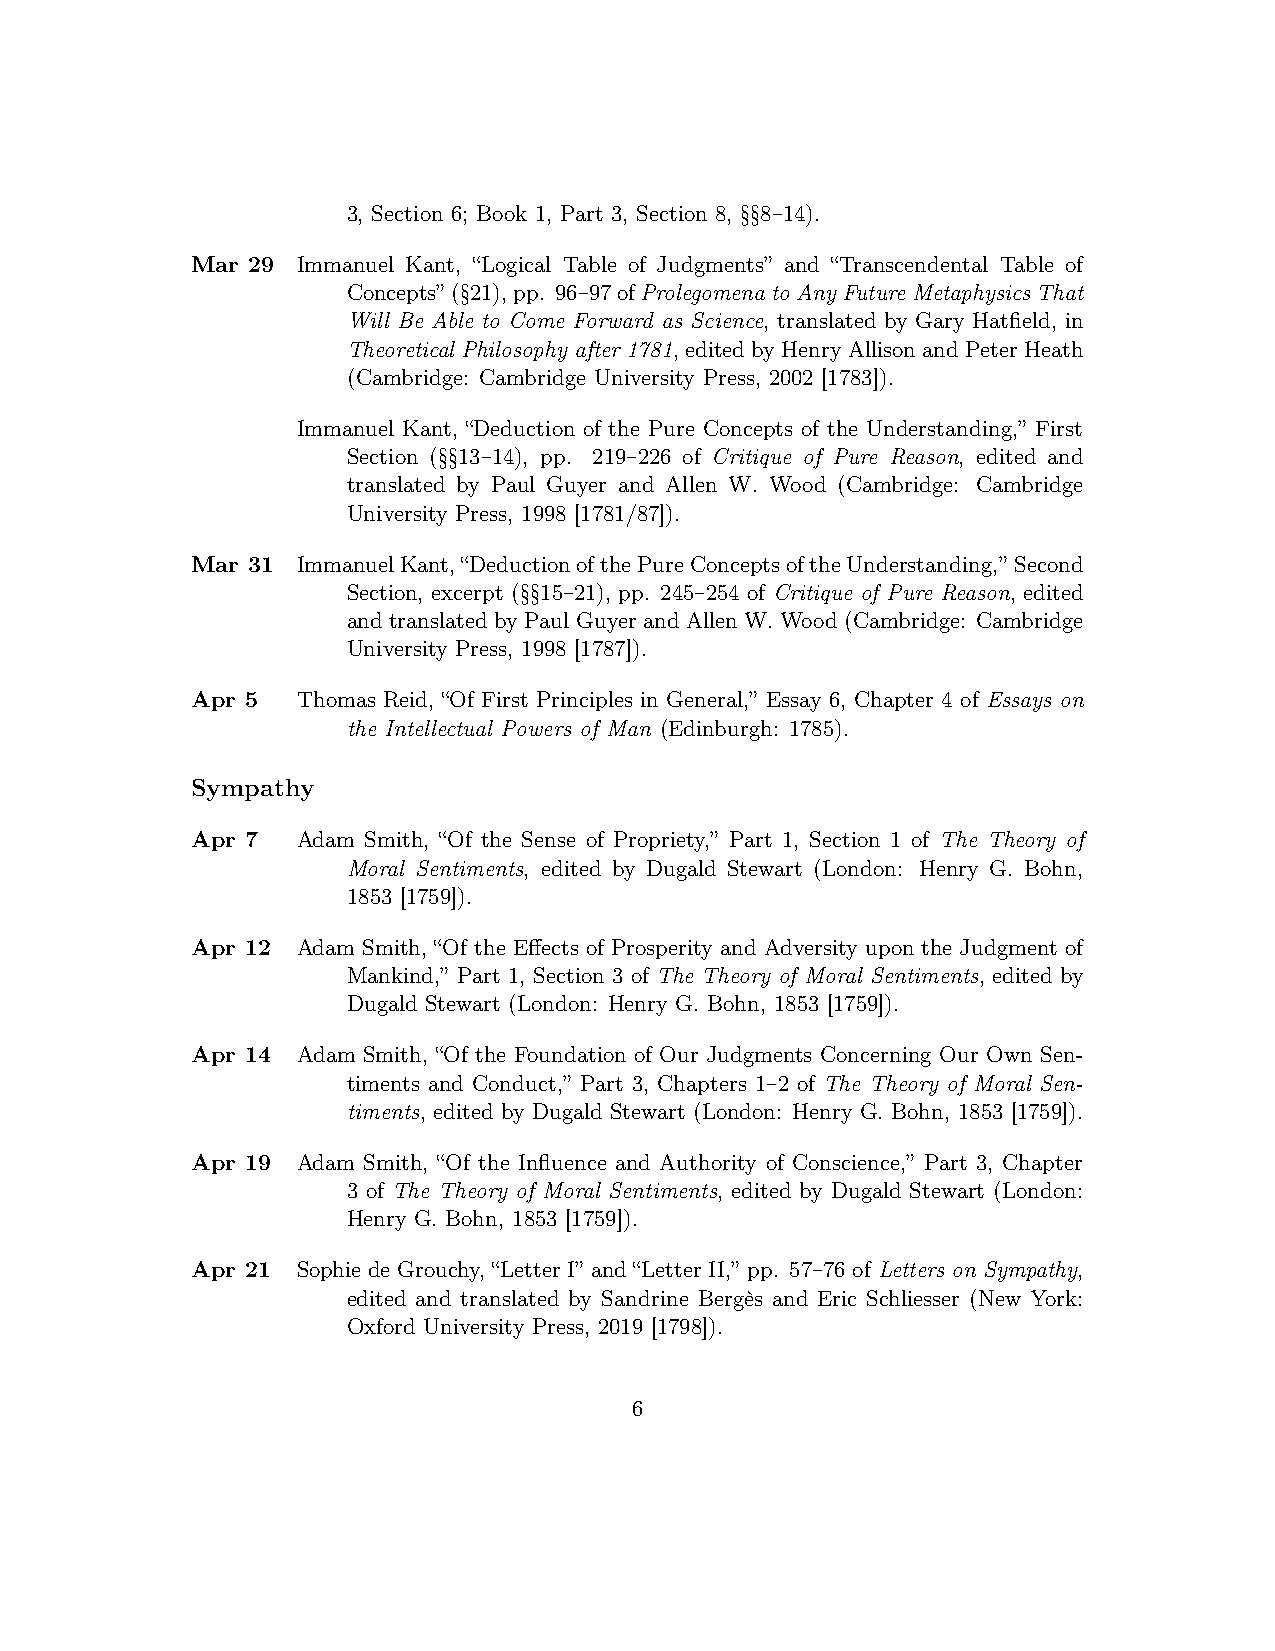
3, Section 6; Book 1, Part 3, Section 8, §§8–14).
 Mar 29 Immanuel Kant, “Logical Table of Judgments” and “Transcendental Table of
 Concepts” (§21),pp. 96–97ofProlegomenatoAnyFutureMetaphysicsThat
 Will Be Able to Come Forward as Science, translated by Gary Hatfield, in
 Theoretical Philosophy after 1781, editedbyHenryAllisonandPeterHeath
 (Cambridge: Cambridge University Press, 2002 [1783]).
 Immanuel Kant, “Deduction of the Pure Concepts of the Understanding,” First
 Section (§§13–14), pp. 219–226 of Critique of Pure Reason, edited and
 translated by Paul Guyer and Allen W. Wood (Cambridge: Cambridge
 University Press, 1998 [1781/87]).
 Mar 31 ImmanuelKant,“DeductionofthePureConceptsoftheUnderstanding,” Second
 Section, excerpt (§§15–21), pp. 245–254 of Critique of Pure Reason, edited
 and translated by Paul Guyer and Allen W. Wood (Cambridge: Cambridge
 University Press, 1998 [1787]).
 Apr 5  Thomas Reid, “Of First Principles in General,” Essay 6, Chapter 4 of Essays on
 the Intellectual Powers of Man (Edinburgh: 1785).
 Sympathy
 Apr 7  Adam Smith, “Of the Sense of Propriety,” Part 1, Section 1 of The Theory of
 Moral Sentiments, edited by Dugald Stewart (London: Henry G. Bohn,
 1853 [1759]).
 Apr 12 Adam Smith, “Of the Effects of Prosperity and Adversity upon the Judgment of
 Mankind,” Part 1, Section 3 of The Theory of Moral Sentiments, edited by
 Dugald Stewart (London: Henry G. Bohn, 1853 [1759]).
 Apr 14 Adam Smith, “Of the Foundation of Our Judgments Concerning Our Own Sen-
 timents and Conduct,” Part 3, Chapters 1–2 of The Theory of Moral Sen-
 timents, edited by Dugald Stewart (London: Henry G. Bohn, 1853 [1759]).
 Apr 19 Adam Smith, “Of the Influence and Authority of Conscience,” Part 3, Chapter
 3 of The Theory of Moral Sentiments, edited by Dugald Stewart (London:
 Henry G. Bohn, 1853 [1759]).
 Apr 21 Sophie de Grouchy, “Letter I” and “Letter II,” pp. 57–76 of Letters on Sympathy,
 edited and translated by Sandrine Bergès and Eric Schliesser (New York:
 Oxford University Press, 2019 [1798]).
 6